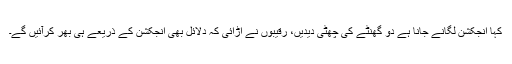
کہا انجکشن لگانے جانا ہے دو گھنٹے کی چھٹی دیدیں، رقیبوں نے اڑائی کہ دلائل بھی انجکشن کے ذریعے ہی بھر کرآئیں گے۔